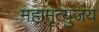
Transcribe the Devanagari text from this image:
महामृत्युजंय